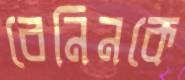
বেনিনকে